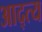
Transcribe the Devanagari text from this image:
आद्त्य